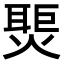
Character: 𬋀